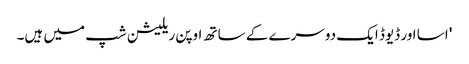
' اسا اور ڈیوڈ ایک دوسرے کے ساتھ اوپن ریلیشن شپ میں ہیں۔